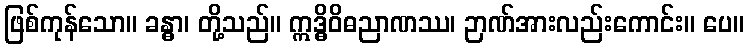
ဖြစ်ကုန်သော။ ခန္ဓာ၊ တို့သည်။ ဣဒ္ဓိဝိဓညာဏဿ၊ ဉာဏ်အားလည်းကောင်း။ ပေ။